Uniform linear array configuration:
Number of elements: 16
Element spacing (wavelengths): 0.5
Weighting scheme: exponential
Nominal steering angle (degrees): -45
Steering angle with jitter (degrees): -44.062
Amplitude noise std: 0.05
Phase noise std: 0.05

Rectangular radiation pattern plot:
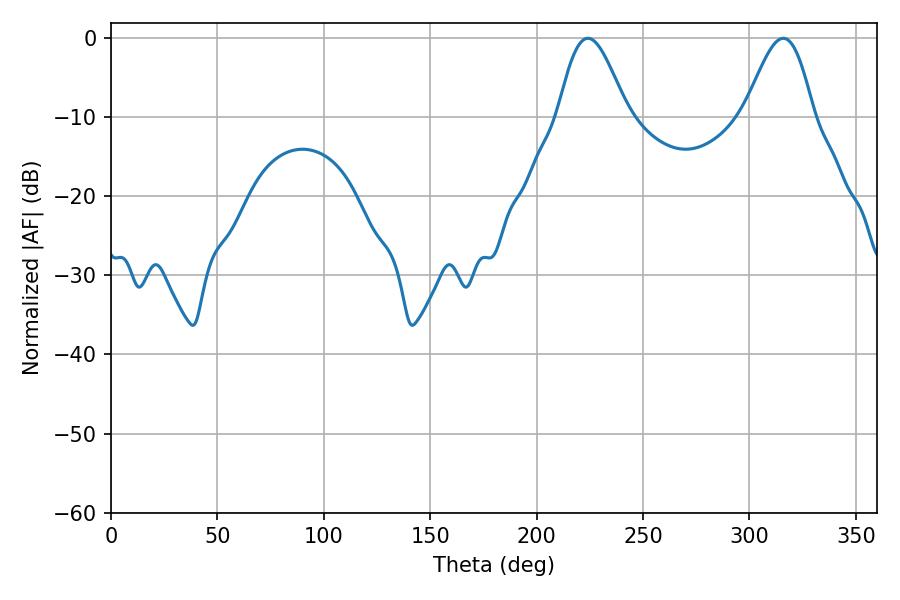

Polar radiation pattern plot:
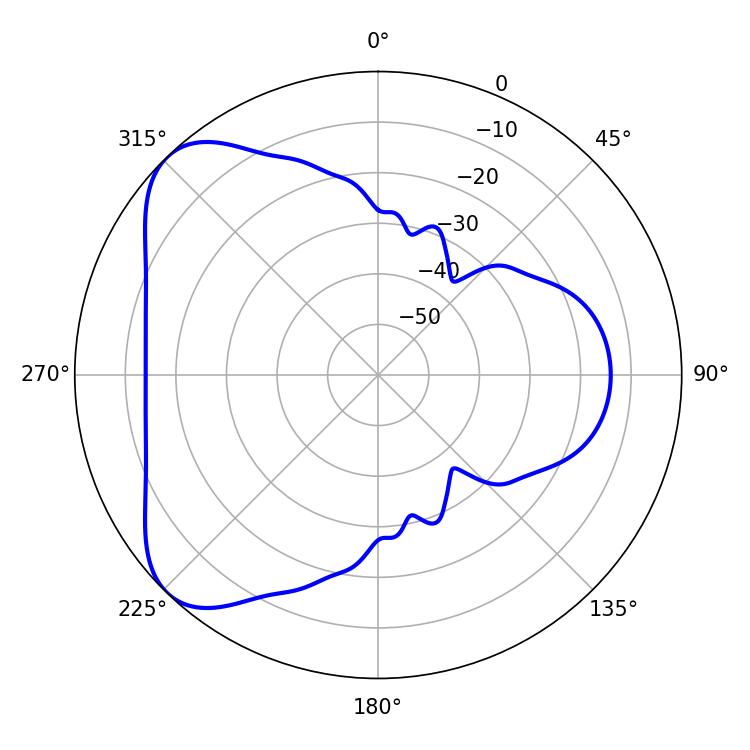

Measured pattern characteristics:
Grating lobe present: FALSE
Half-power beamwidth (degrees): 17.28
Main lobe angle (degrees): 224.1